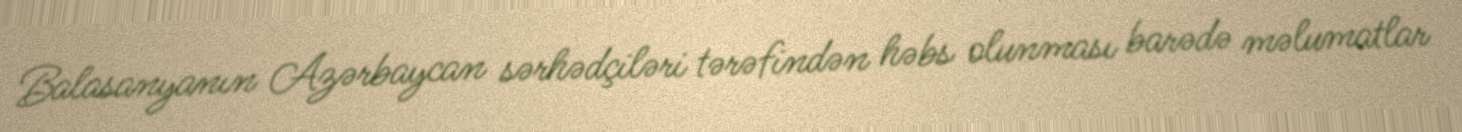
Balasanyanın Azərbaycan sərhədçiləri tərəfindən həbs olunması barədə məlumatlar